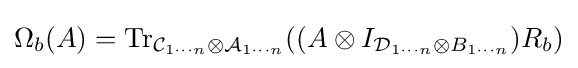
\Omega _{b}(A)=\operatorname {Tr} _{{\mathcal {C}}_{1\cdots n}\otimes {\mathcal {A}}_{1\cdots n}}((A\otimes I_{{\mathcal {D}}_{1\cdots n}\otimes B_{1\cdots n}})R_{b})